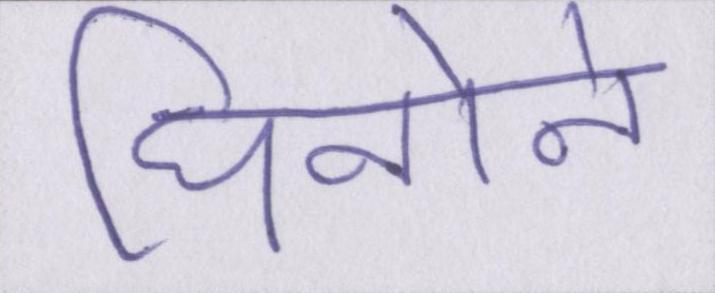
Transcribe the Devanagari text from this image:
घिनोने